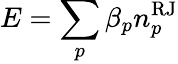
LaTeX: E=\sum_{p}\beta_{p}n_{p}^{\mathrm{RJ}}